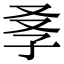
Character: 𡥍